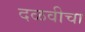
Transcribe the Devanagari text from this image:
दळवीचा